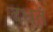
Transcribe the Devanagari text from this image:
दधतं